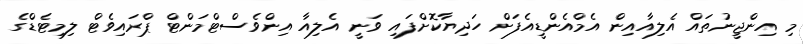
މި އިންޖީނުތައް އެލިއާއިން އެމްއެންޑީއެފަށް ހަދިޔާކޮށްފައި ވަނީ އެލިއާ އިންވެސްޓްމަންޓް ޕްރައިވެޓް ލިމިޓެޑްގެ